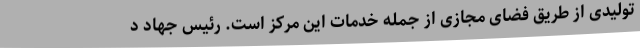
تولیدی از طریق فضای مجازی از جمله خدمات این مرکز است. رئیس جهاد د